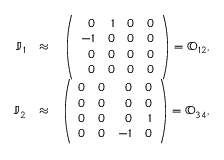
\begin{array} { r l r } { \mathbb J _ { 1 } } & { \approx } & { \left( \begin{array} { r r r r } { 0 } & { 1 } & { 0 } & { 0 } \\ { - 1 } & { 0 } & { 0 } & { 0 } \\ { 0 } & { 0 } & { 0 } & { 0 } \\ { 0 } & { 0 } & { 0 } & { 0 } \end{array} \right) = { \mathbb O } _ { 1 2 } , } \\ { \mathbb J _ { 2 } } & { \approx } & { \left( \begin{array} { r r r r } { 0 } & { 0 } & { 0 } & { 0 } \\ { 0 } & { 0 } & { 0 } & { 0 } \\ { 0 } & { 0 } & { 0 } & { 1 } \\ { 0 } & { 0 } & { - 1 } & { 0 } \end{array} \right) = { \mathbb O } _ { 3 4 } , } \end{array}